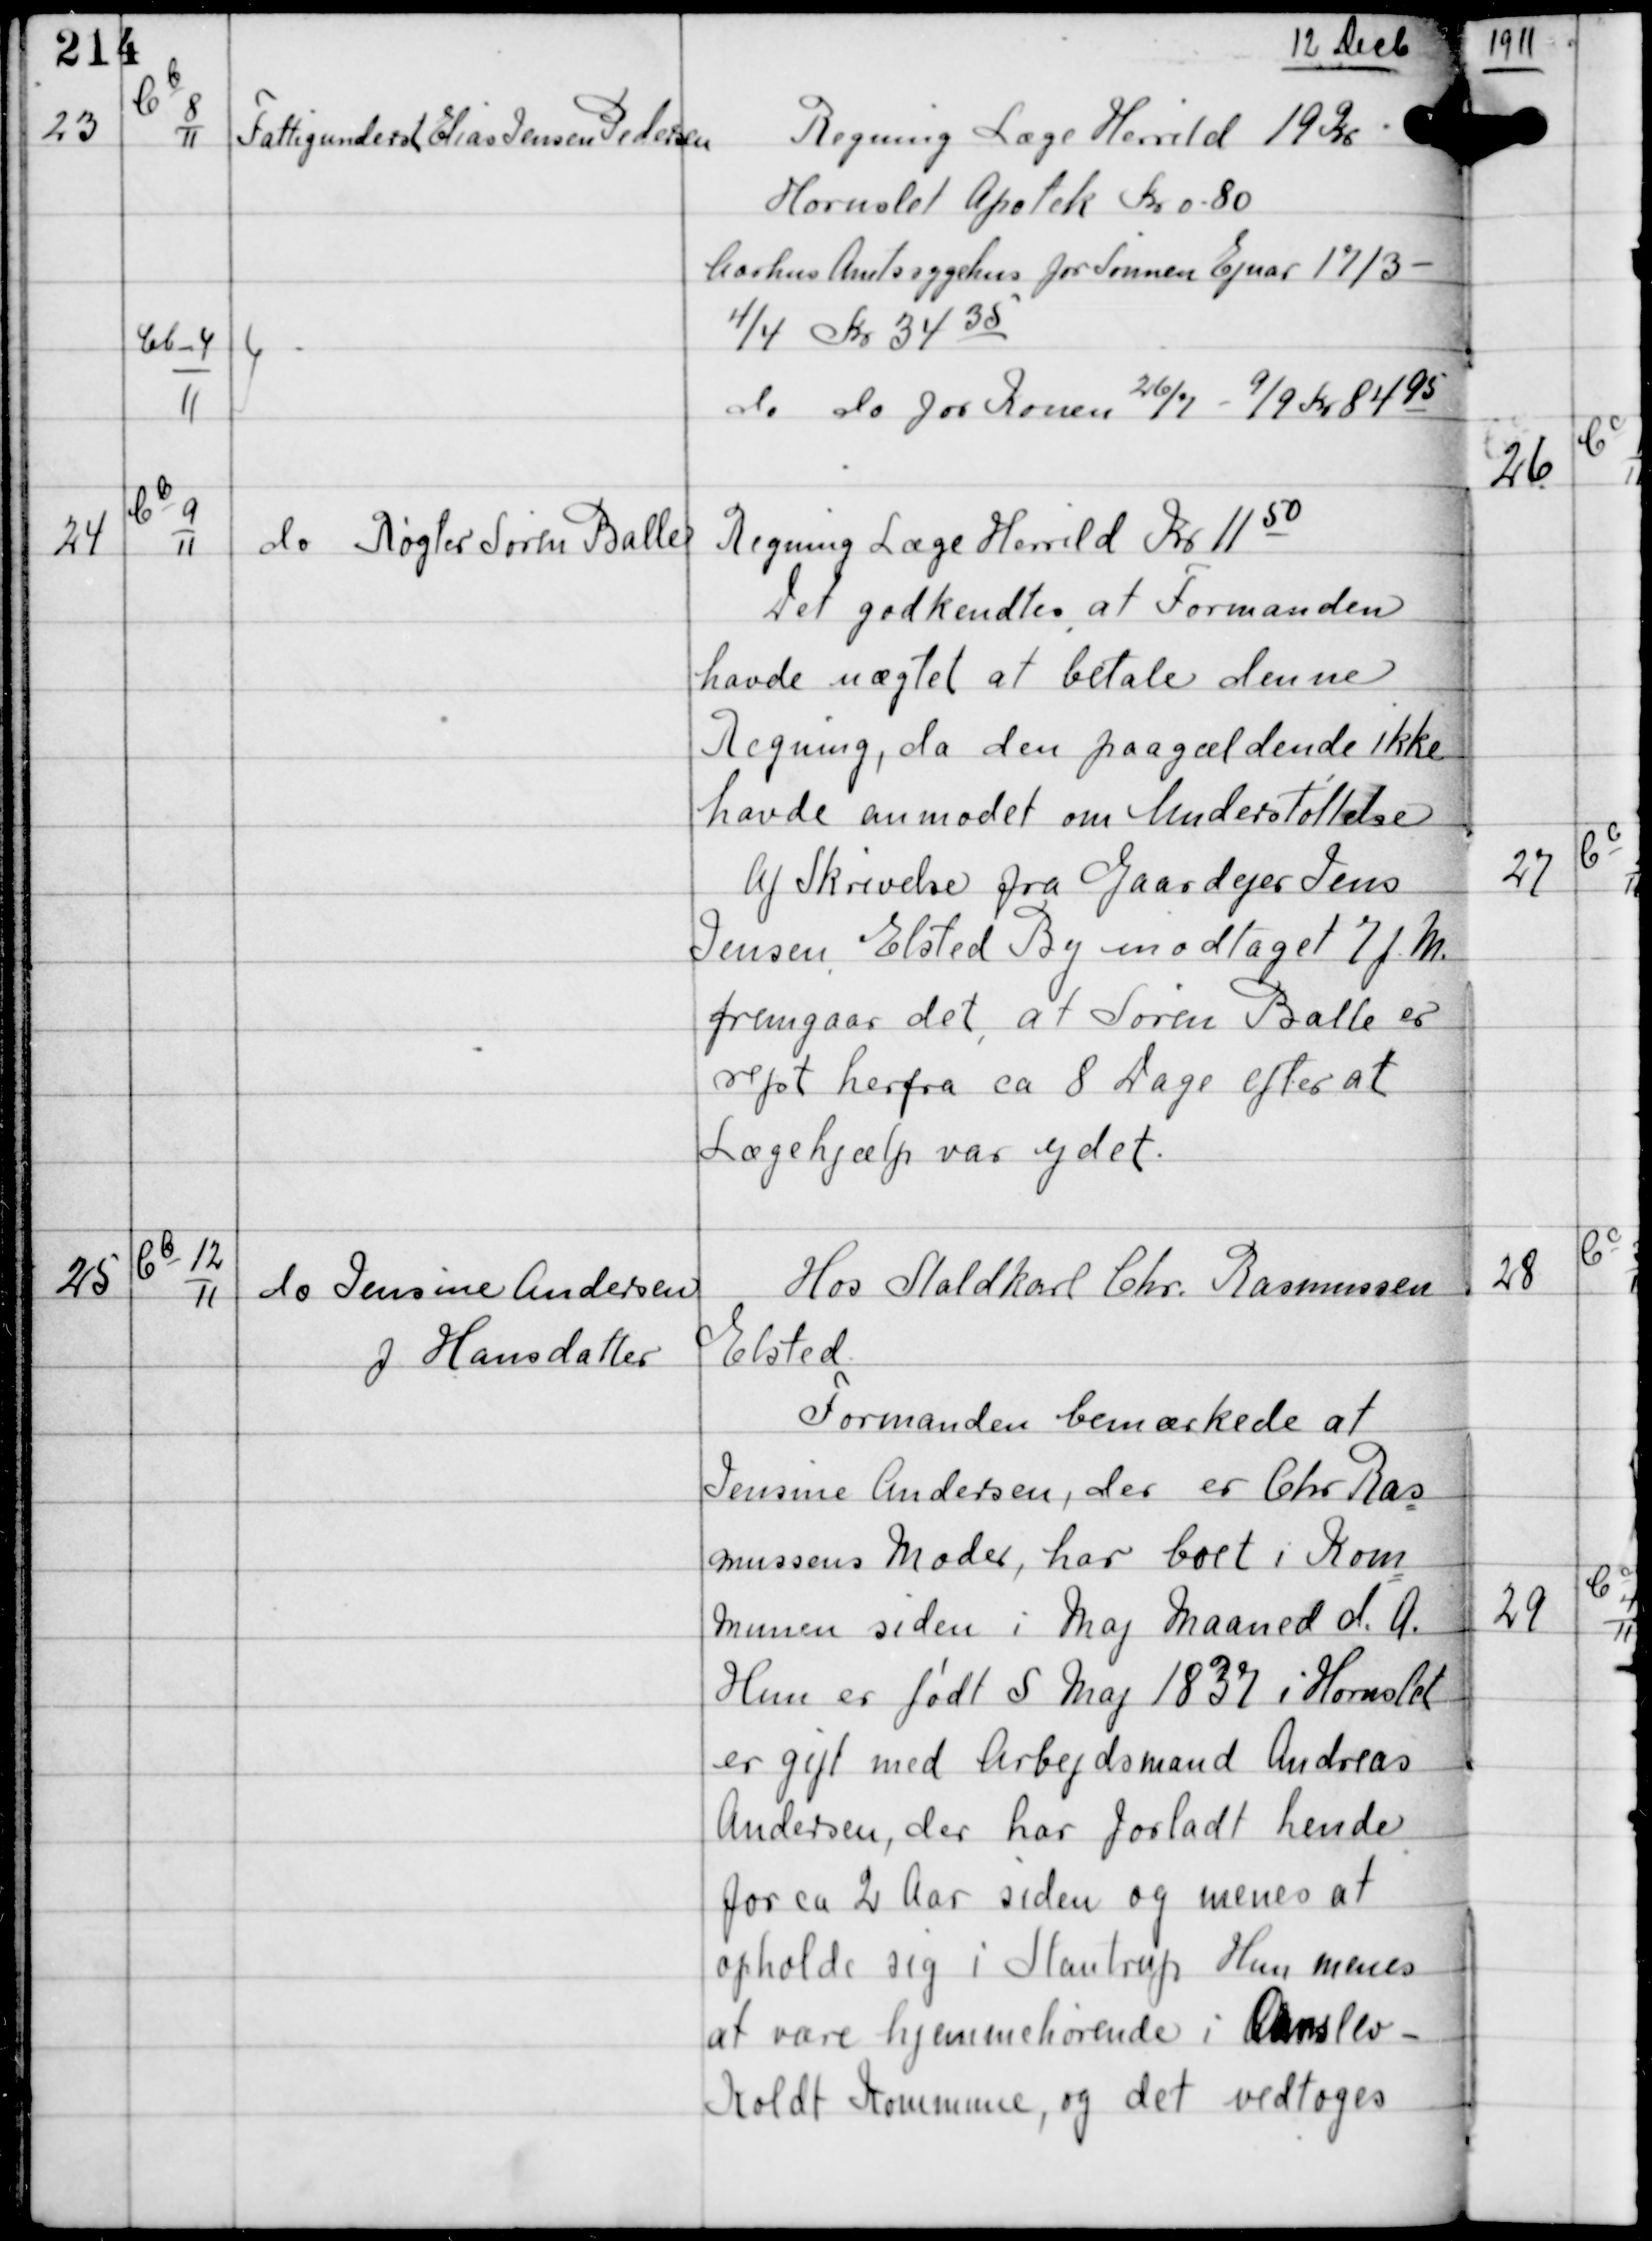
Transskription:
12 Decb

23

Cb
8
11

Fattigunderst Elias Jensen Pedersen

Regning Læge Herrild 19 Kr
Hornslet Apotek Kr 0.80
Aarhus Amtssygehus for Sønnen Ejnar 17/3 -
4/4 Kr 3435
do do for Konen 26/7 - 9/9 Kr 8495

Cb-4
11

24

Cb
9
11

do Røgter Søren Balle

Regning Læge Herrild Kr 1150
Det godkendtes, at Formanden
havde nægtet at betale denne
Regning, da den paagældende ikke
havde anmodet om Understøttelse
Af Skrivelse fra Gaardejer Jens
Jensen Elsted By modtaget 7 f.M.
fremgaar det, at Søren Balle er
rejst herfra ca 8 Dage efter at
Lægehjælp var ydet.

25

Cb
12
11

do Jensine Andersen
J Hansdatter

Hos Staldkarl Chr. Rasmussen
Elsted
Formanden bemærkede at
Jensine Andersen, der er Chr Ras
mussens Moder, har boet i Kom
munen siden i Maj Maaned d.A.
Hun er født 5 Maj 1837 i Hornslet
er gift med Arbejdsmand Andreas
Andersen, der har forladt hende
for ca 2 Aar siden og menes at
opholde sig i Stautrup Hun menes
at være hjemmehørende i Ormslev -
Koldt Kommune, og det vedtoges